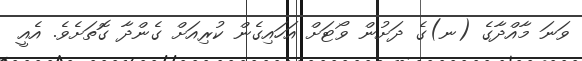
ވަނަ މާއްދާގެ (ނ)ގެ ދަށުން ވޯޓަށް އަހައިގެން ކުރިއަށް ގެންދާ ގޮތަށެވެ. އެއީ